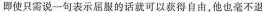
即使只需说一句表示屈服的话就可以获得自由，他也毫不退